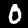
Label: 0